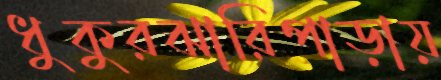
ধুকুরঝারিপাড়ায়